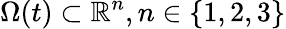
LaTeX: \Omega(t)\subset\mathbb{R}^{n},n\in\{ 1,2,3\}